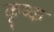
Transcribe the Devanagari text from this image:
कृष्क